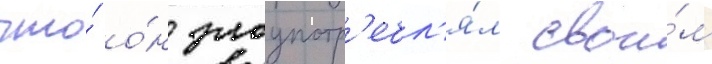
что́ о́н злоупотр'ебл'я́л свои́м